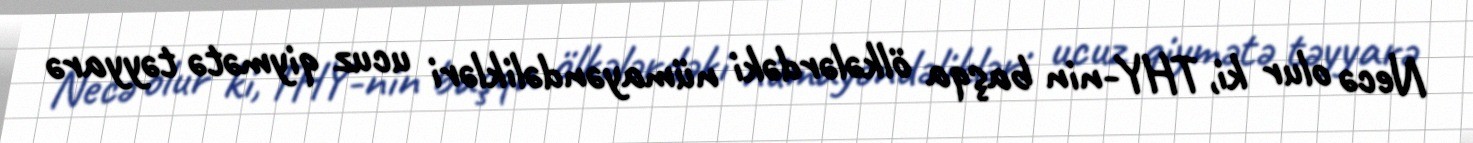
Necə olur ki, THY-nin başqa ölkələrdəki nümayəndəlikləri ucuz qiymətə təyyarə